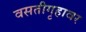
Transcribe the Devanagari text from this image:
वसतीगृहावर